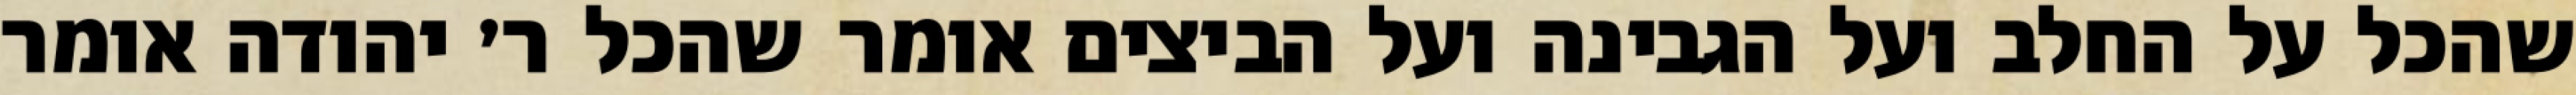
שהכל על החלב ועל הגבינה ועל הביצים אומר שהכל ר׳ יהודה אומר